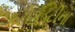
કટોકડટીના